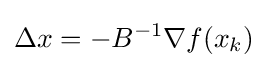
\Delta x=-B^{-1}\nabla f(x_{k})